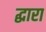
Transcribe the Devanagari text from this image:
द्धारा